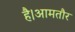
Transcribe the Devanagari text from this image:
है।आमतौर